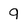
Character: 9